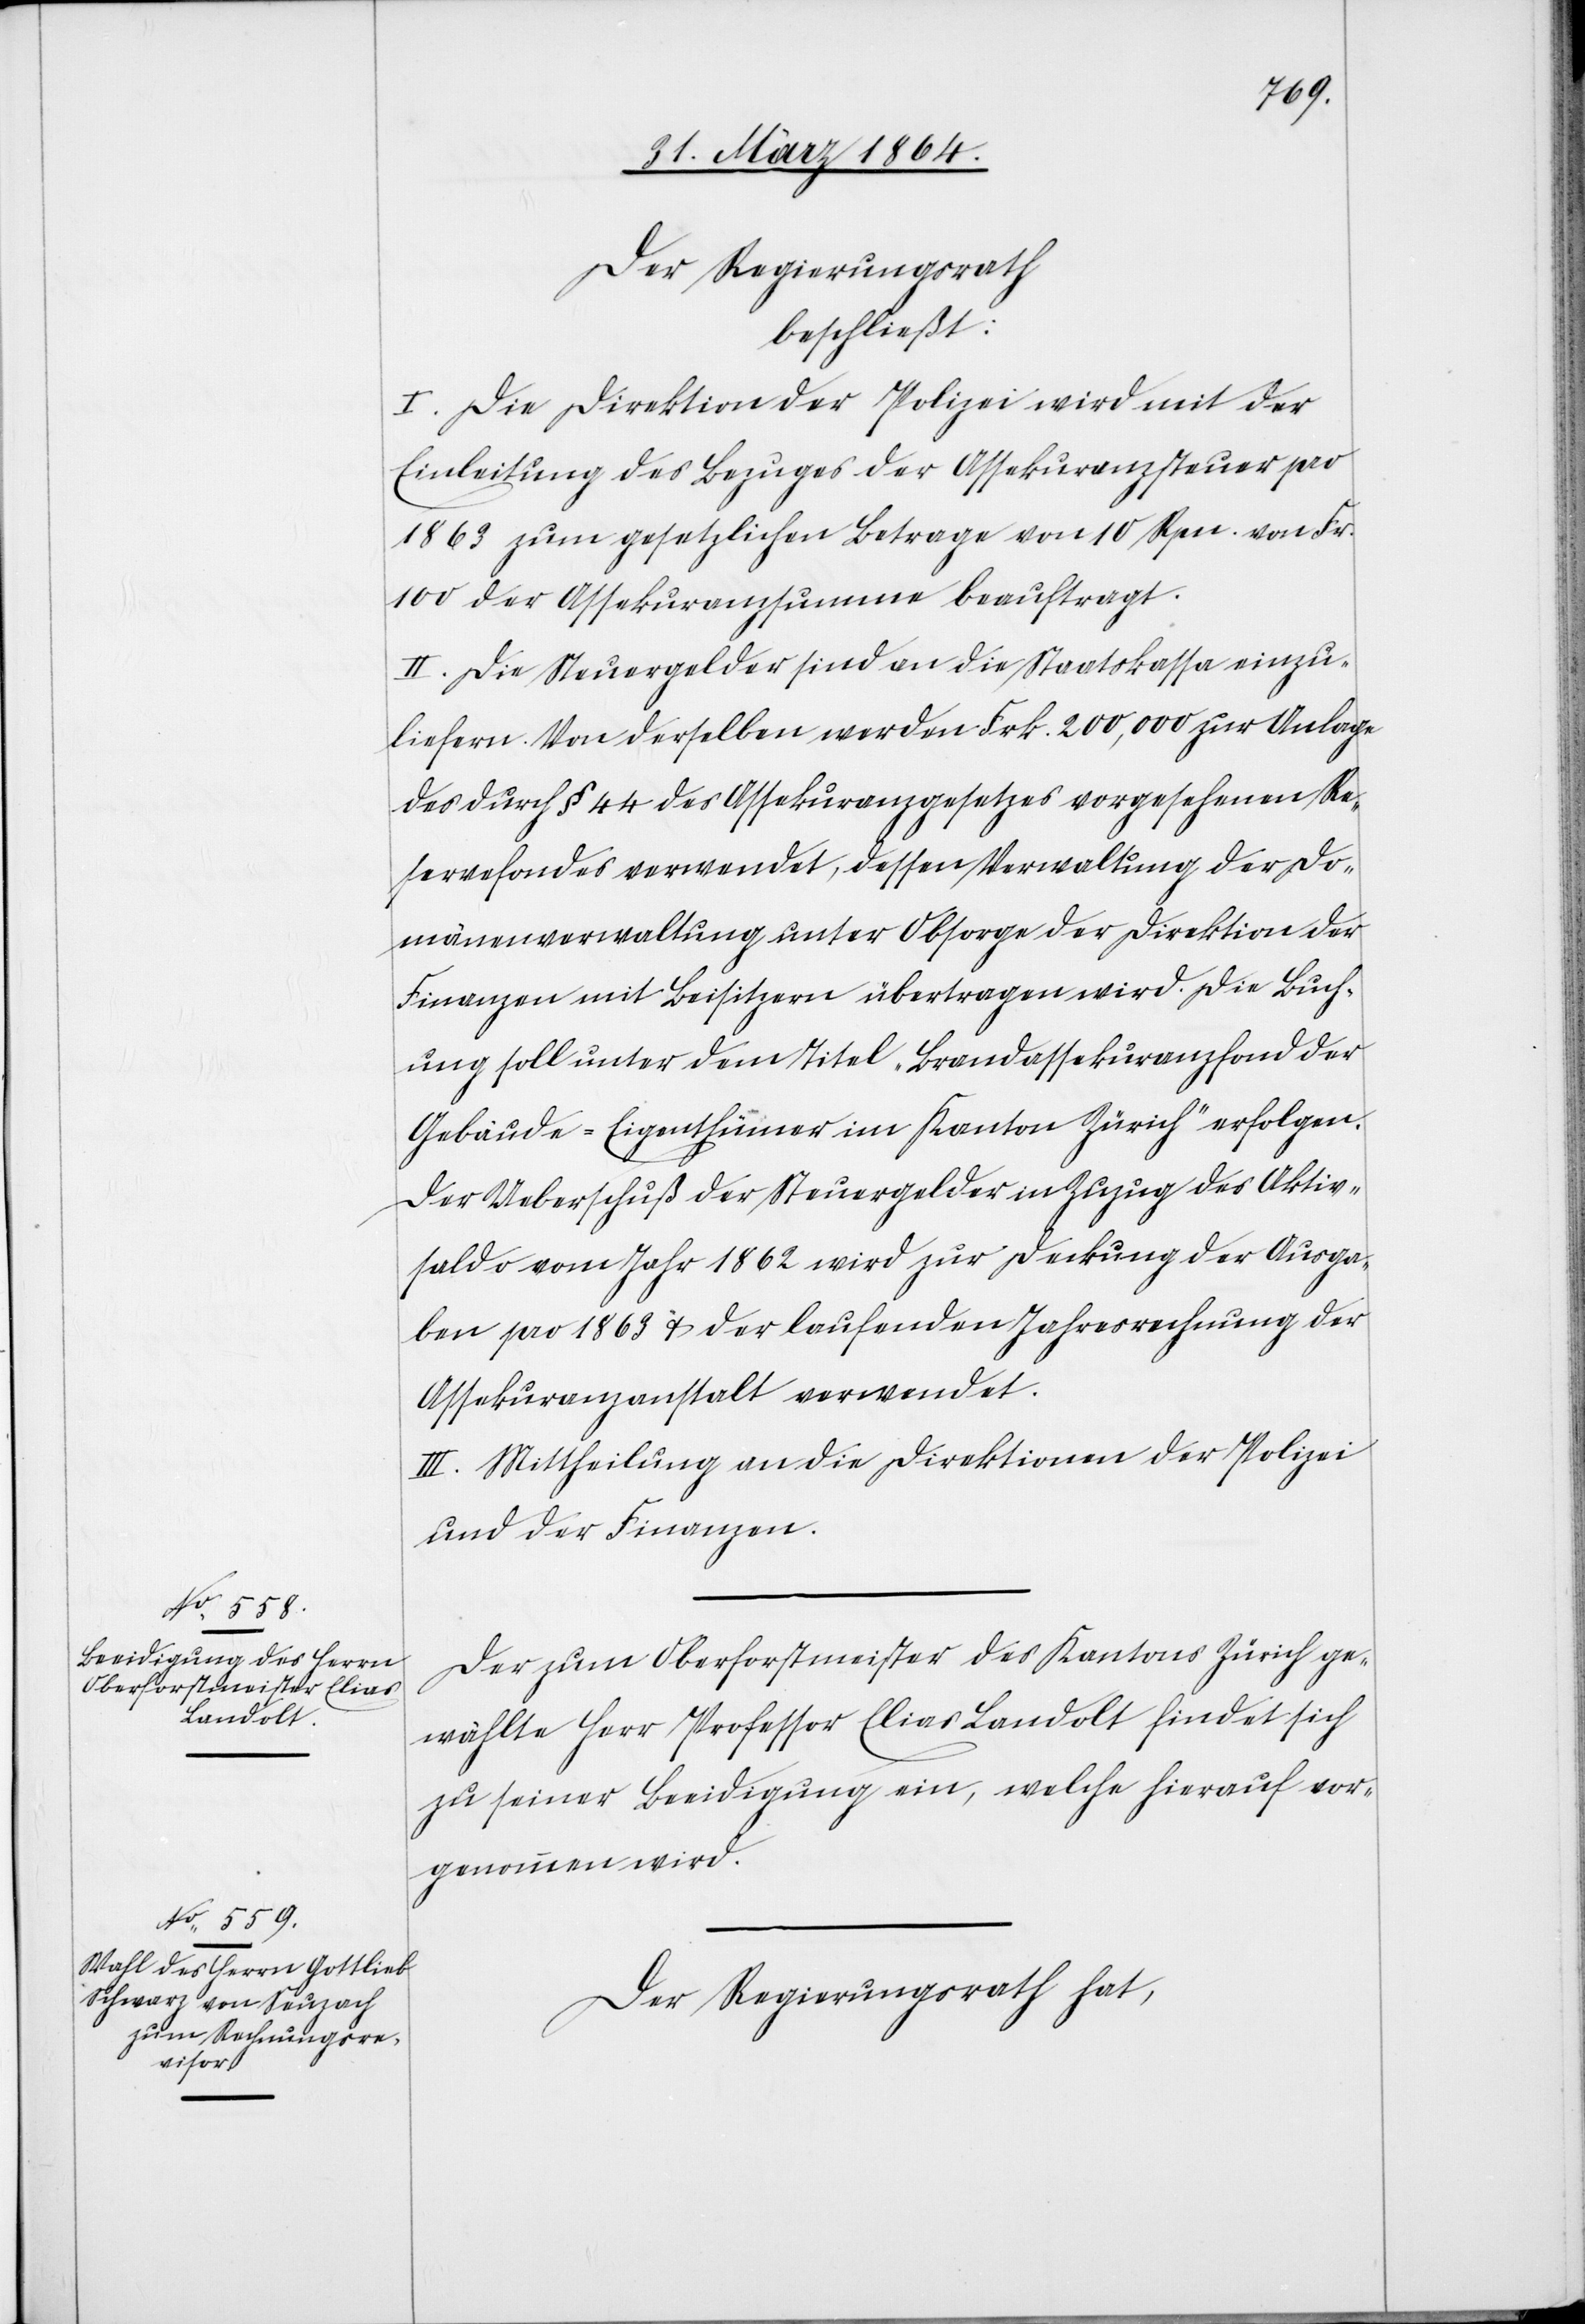
Der Regierungsrath
beschließt:
I. Die Direktion der Polizei wird mit der
Einleitung des Bezuges der Assekuranzsteuer pro
1863 zum gesetzlichen Betrage von 10 Rpn. von Fr.
100 der Assekuranzsumme beauftragt.
II. Die Steuergelder sind an die Staatskassa einzu¬
liefern. Von derselben werden Frk. 200,000 zur Anlage
des durch § 44 des Assekuranzgesetzes vorgesehenen Re¬
servefondes verwendet, dessen Verwaltung der Do¬
mänenverwaltung unter Obsorge der Direktion der
Finanzen mit Beisitzern übertragen wird. Die Buch¬
ung soll unter dem Titel „Brandassekuranzfond der
Gebäude-Eigenthümer im Kanton Zürich“ erfolgen.
Der Ueberschuß der Steuergelder in Zuzug des Aktiv¬
saldo vom Jahr 1862 wird zur Deckung der Ausga¬
ben pro 1863 u. der laufenden Jahresrechnung der
Assekuranzanstalt verwendet.
III. Mittheilung an die Direktionen der Polizei
und der Finanzen.
Der zum Oberforstmeister des Kantons Zürich ge¬
wählte Herr Professor Elias Landolt findet sich
zu seiner Beeidigung ein, welche hierauf vor¬
genommen wird.
Der Regierungsrath hat,